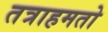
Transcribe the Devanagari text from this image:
तत्राहमतो